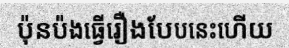
ប៉ុនប៉ងធ្វើរឿងបែបនេះហើយ